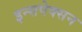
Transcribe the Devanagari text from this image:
इन्सपेक्सन